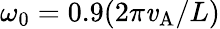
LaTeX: \omega_{0}=0.9(2\pi\mathit{v}_{\mathrm{{A}}}/L)